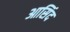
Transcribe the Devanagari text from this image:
आसिंद